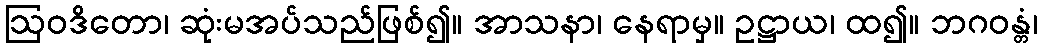
ဩဝဒိတော၊ ဆုံးမအပ်သည်ဖြစ်၍။ အာသနာ၊ နေရာမှ။ ဥဋ္ဌာယ၊ ထ၍။ ဘဂဝန္တံ၊